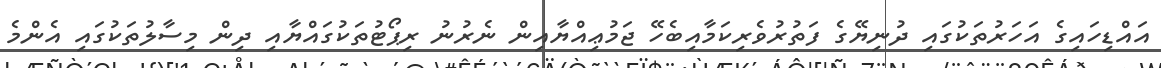
އައްޑިހައިގެ އަހަރުތަކުގައި ދުނިޔޭގެ ފަތުރުވެރިކަމާއިބެހޭ ޖަމުޢިއްޔާއިން ނެރުނު ރިޕޯޓުތަކުގައްޔާއި ދިން މިސާލުތަކުގައި އެންމެ